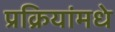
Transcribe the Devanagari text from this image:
प्रक्रियांमधे